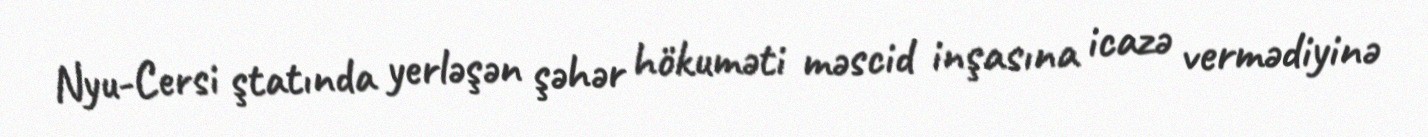
Nyu-Cersi ştatında yerləşən şəhər hökuməti məscid inşasına icazə vermədiyinə